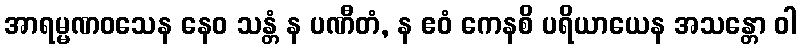
အာရမ္မဏဝသေန နေဝ သန္တံ န ပဏီတံ, န ဧဝံ ကေနစိ ပရိယာယေန အသန္တော ဝါ